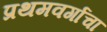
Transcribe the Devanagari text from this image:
प्रथमवर्गाचा